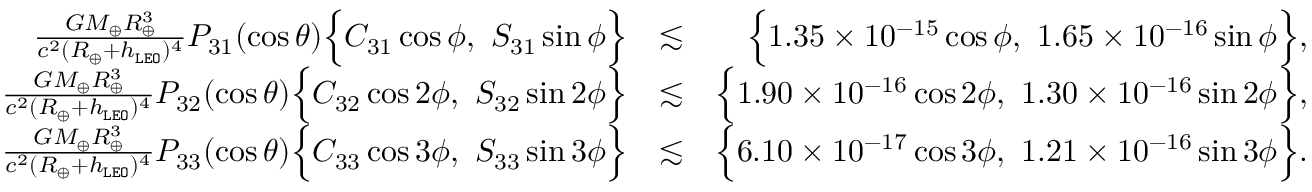
\begin{array} { r l r } { \frac { G M _ { \oplus } R _ { \oplus } ^ { 3 } } { c ^ { 2 } ( R _ { \oplus } + h _ { \tt L E O } ) ^ { 4 } } P _ { 3 1 } ( \cos \theta ) \Big \{ C _ { 3 1 } \cos \phi , ~ S _ { 3 1 } \sin \phi \Big \} } & { \lesssim } & { \Big \{ 1 . 3 5 \times 1 0 ^ { - 1 5 } \cos \phi , ~ 1 . 6 5 \times 1 0 ^ { - 1 6 } \sin \phi \Big \} , } \\ { \frac { G M _ { \oplus } R _ { \oplus } ^ { 3 } } { c ^ { 2 } ( R _ { \oplus } + h _ { \tt L E O } ) ^ { 4 } } P _ { 3 2 } ( \cos \theta ) \Big \{ C _ { 3 2 } \cos 2 \phi , ~ S _ { 3 2 } \sin 2 \phi \Big \} } & { \lesssim } & { \Big \{ 1 . 9 0 \times 1 0 ^ { - 1 6 } \cos 2 \phi , ~ 1 . 3 0 \times 1 0 ^ { - 1 6 } \sin 2 \phi \Big \} , } \\ { \frac { G M _ { \oplus } R _ { \oplus } ^ { 3 } } { c ^ { 2 } ( R _ { \oplus } + h _ { \tt L E O } ) ^ { 4 } } P _ { 3 3 } ( \cos \theta ) \Big \{ C _ { 3 3 } \cos 3 \phi , ~ S _ { 3 3 } \sin 3 \phi \Big \} } & { \lesssim } & { \Big \{ 6 . 1 0 \times 1 0 ^ { - 1 7 } \cos 3 \phi , ~ 1 . 2 1 \times 1 0 ^ { - 1 6 } \sin 3 \phi \Big \} . } \end{array}